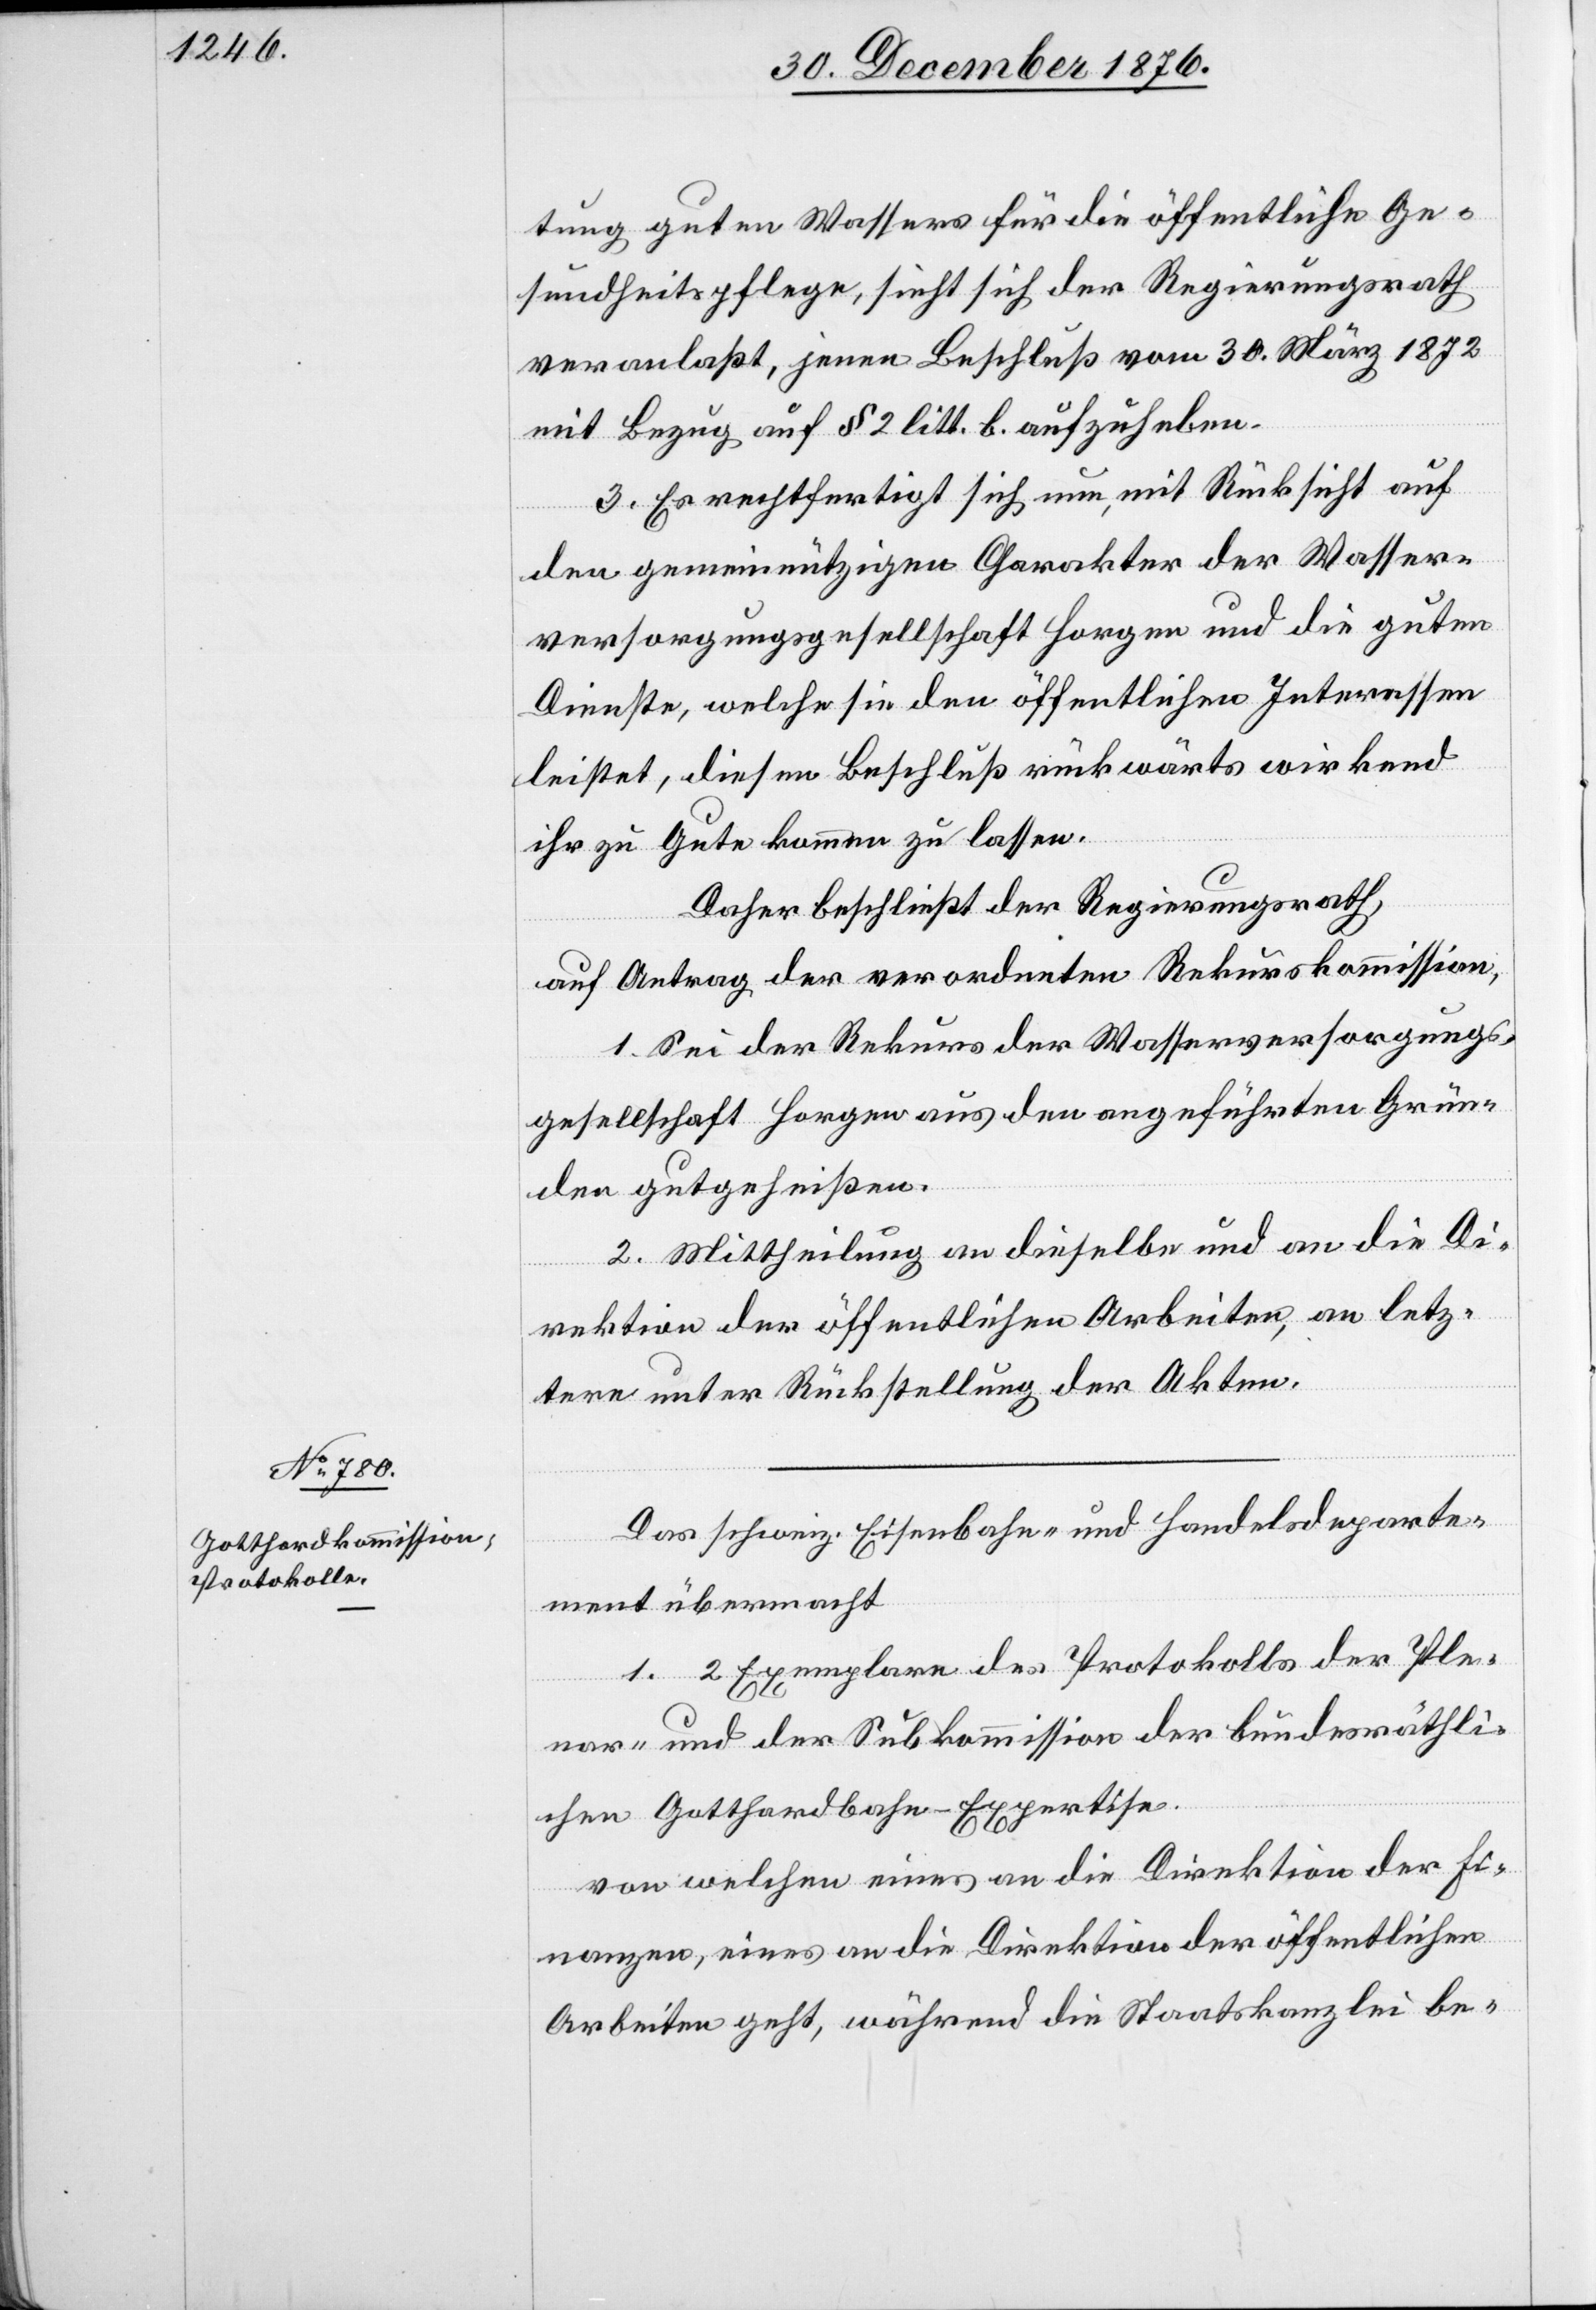
tung guten Wassers für die öffentliche Ge¬
sundheitspflege, sieht sich der Regierungsrath
veranlaßt, jenen Beschluß vom 30. März 1872
mit Bezug auf § 2 litt. b. aufzuheben.
3. Es rechtfertigt nun, mit Rücksicht auf
den gemeinnützigen Charakter der Wasser¬
versorgungsgesellschaft Horgen und die guten
Dienste, welche sie den öffentlichen Interessen
leistet, diesem Beschluß rückwärts wirkend
ihr zu Gute kommen zu lassen.
Daher beschließt der Regierungsrath,
auf Antrag der verordneten Rekurskommission:
1. Sei der Rekurs der Wasserversorgungs¬
gesellschaft Horgen aus den angeführten Grün¬
den gutgeheißen.
2. Mittheilung an dieselbe und an die Di¬
rektion der öffentlichen Arbeiten, an letz¬
tere unter Rückstellung der Akten.
Das schweiz. Eisenbahn- und Handelsdeparte¬
ment übermacht
1. 2 Exemplare des Protokolls der Ple¬
nar- und der Subkommission der bundesräthli¬
chen Gotthardbahn-Expertise.
von welchem eines an die Direktion der Fi¬
nanzen, eines an die Direktion der öffentlichen
Arbeiten geht, während die Staatskanzlei be-